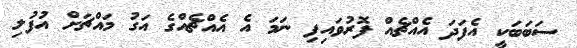
ސަބަބަކީ އެފަދަ އެއްޗެއް ފޮރުވައިފި ނަމަ އެ އެއްޗެއްގެ އަގު މައްޗަށް އުފުލި